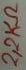
Text: 2,2KΩ